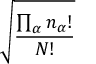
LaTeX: \sqrt { \frac { \prod _ { \alpha } n _ { \alpha } ! } { N ! } }